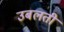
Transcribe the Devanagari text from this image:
उबलती